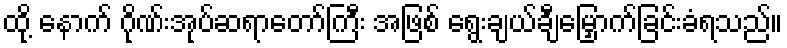
ထို့ နောက် ဂိုဏ်းအုပ်ဆရာတော်ကြီး အဖြစ် ရွေးချယ်ချီမြှောက်ခြင်းခံရသည်။